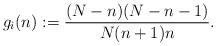
LaTeX: \begin{align*}g_i(n):=\frac{(N-n)(N-n-1)}{N(n+1)n}.\end{align*}